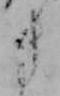
き